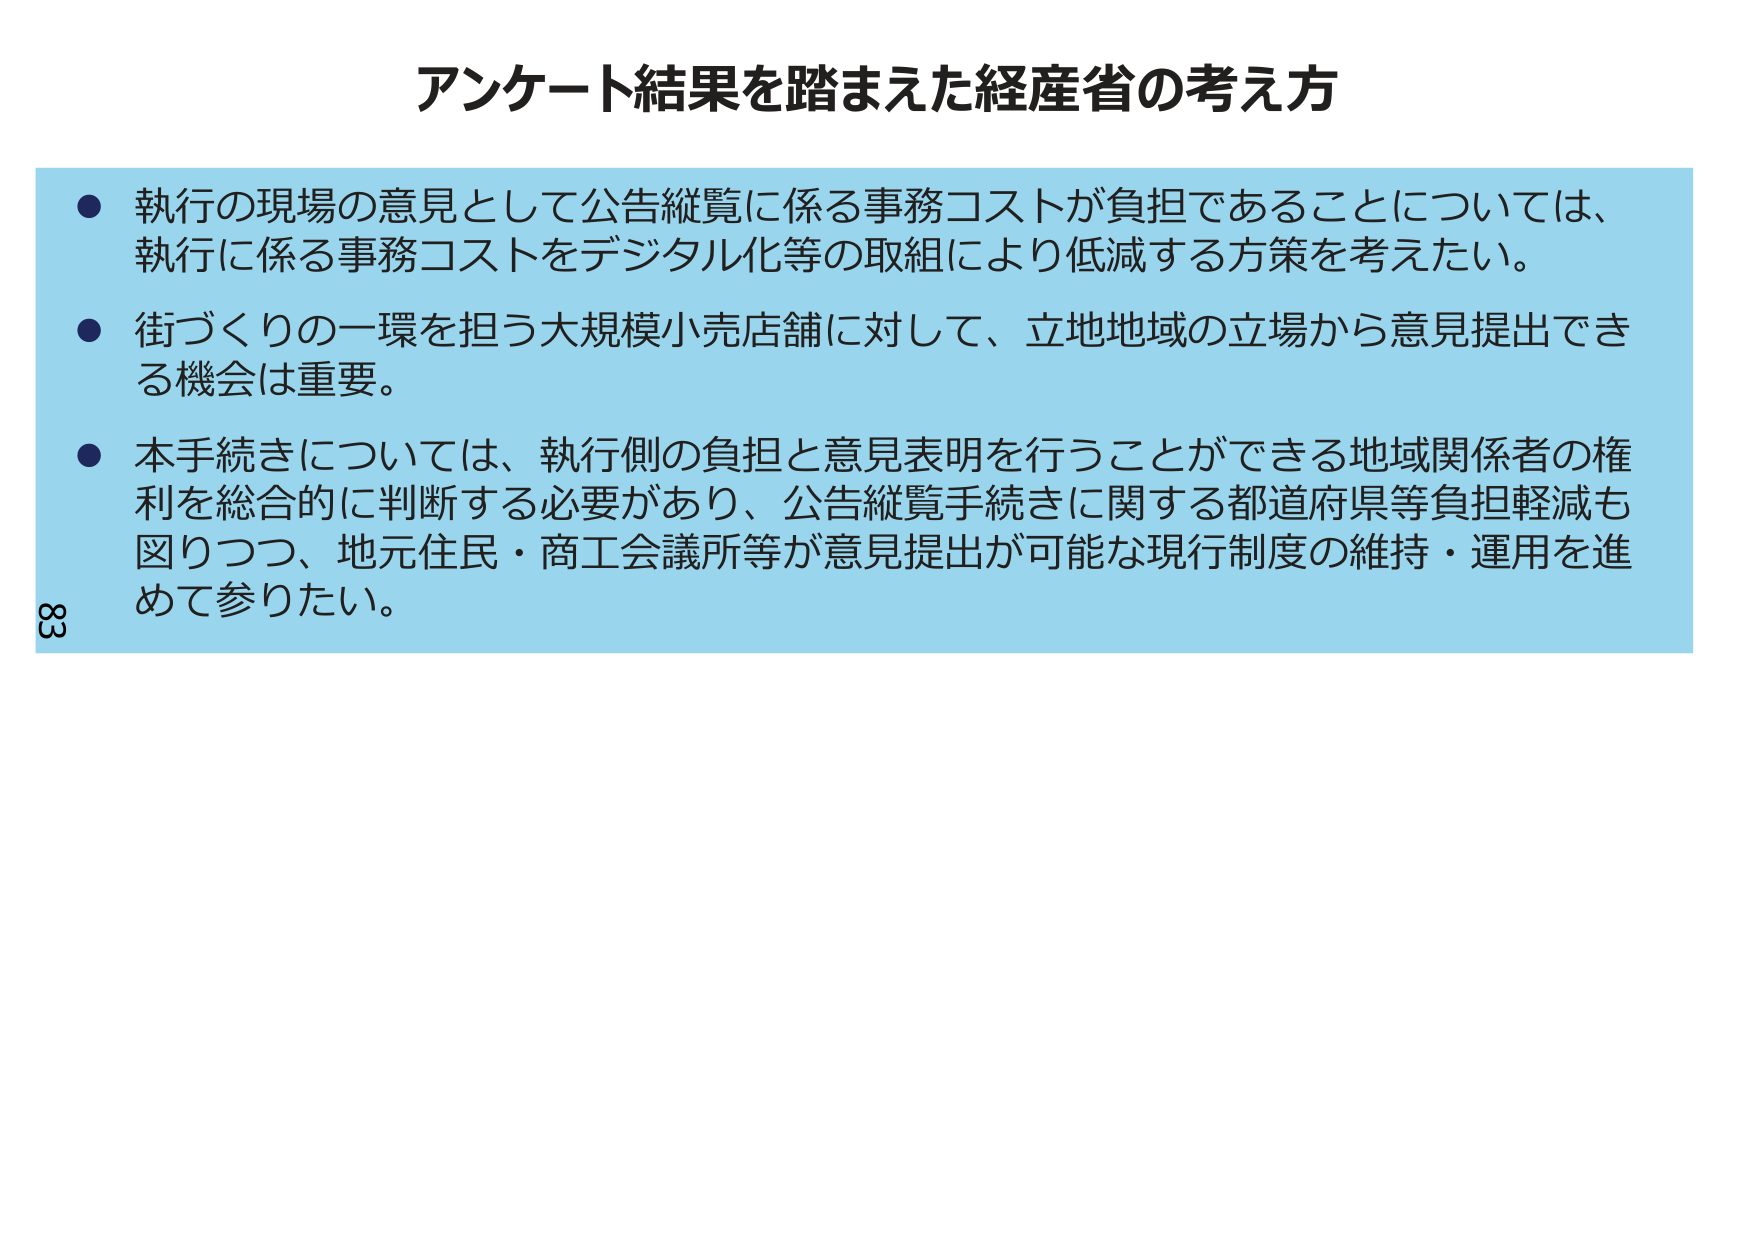
アンケート結果を踏まえた経産省の考え方

● 執行の現場の意見として公告縦覧に係る事務コストが負担であることについては、執行に係る事務コストをデジタル化等の取組により低減する方策を考えたい。

● 街づくりの一環を担う大規模小売店舗に対して、立地地域の立場から意見提出できる機会は重要。

● 本手続きについては、執行側の負担と意見表明を行うことができる地域関係者の権利を総合的に判断する必要があり、公告縦覧手続きに関する都道府県等負担軽減も図りつつ、地元住民・商工会議所等が意見提出が可能な現行制度の維持・運用を進めて参りたい。

83